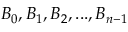
B _ { 0 } , B _ { 1 } , B _ { 2 } , . . . , B _ { n - 1 }